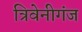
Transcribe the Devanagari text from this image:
त्रिवेनीगंज